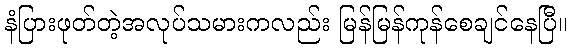
နံပြားဖုတ်တဲ့အလုပ်သမားကလည်း မြန်မြန်ကုန်စေချင်နေပြီ။